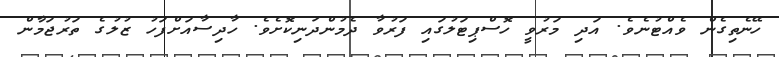
ހޭނެތިގެން ވެއްޓުނެވެ. އަދި މަރުވީ ހޮސްޕިޓަލުގައި ފަރުވާ ދެމުންދަނިކޮށެވެ. ހާދިސާއަށްފަހު ޒުލުގެ ތަރުޖަމާން